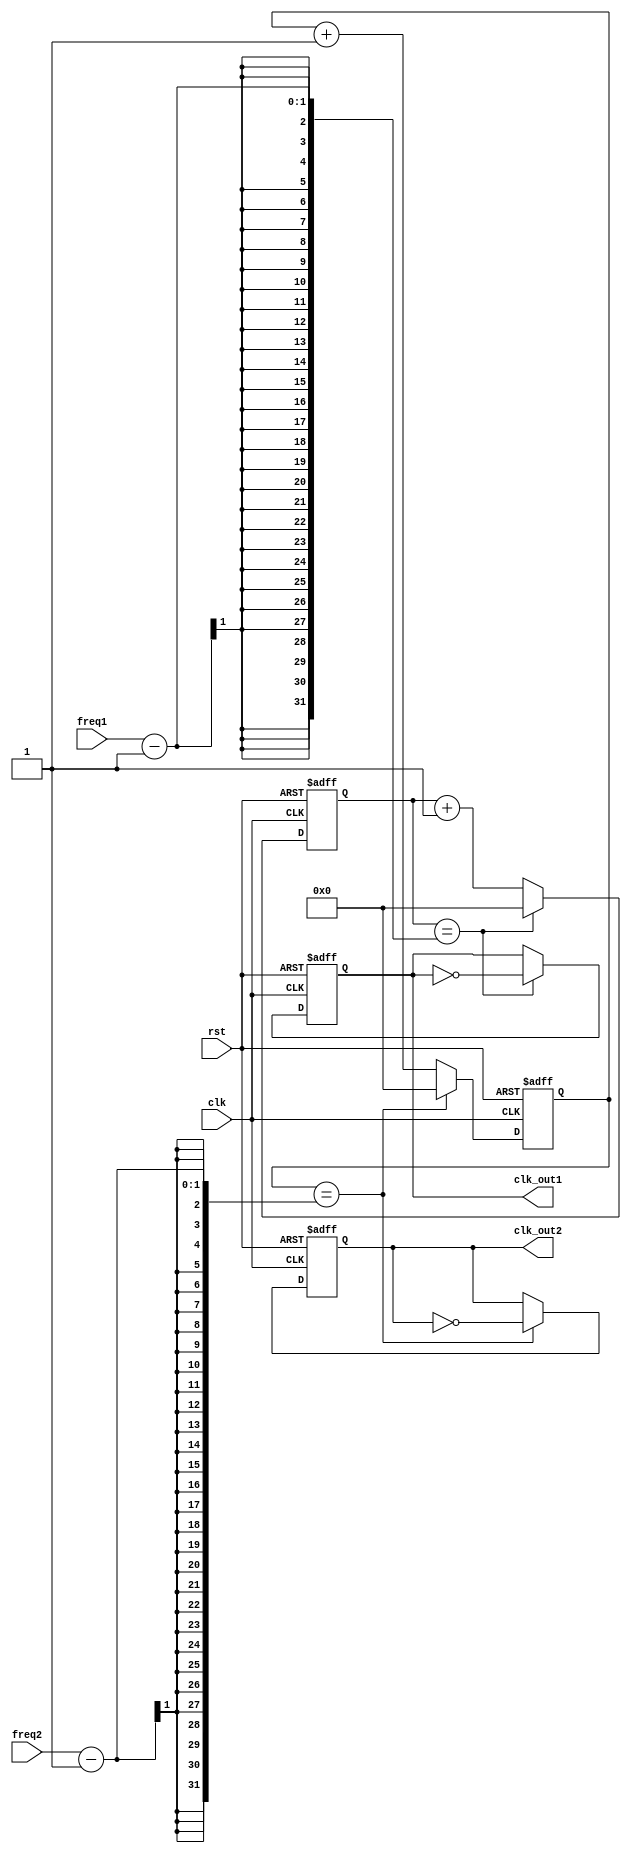
module multirate_timer (
    input wire clk,
    input wire rst,
    output reg clk_out1,
    output reg clk_out2,
    input wire freq1,
    input wire freq2
);

reg [31:0] count1;
reg [31:0] count2;

always @(posedge clk or posedge rst) begin
    if (rst) begin
        count1 <= 0;
        count2 <= 0;
        clk_out1 <= 1'b0;
        clk_out2 <= 1'b0;
    end else begin
        count1 <= count1 + 1;
        count2 <= count2 + 1;
        if (count1 == freq1-1) begin
            clk_out1 <= ~clk_out1;
            count1 <= 0;
        end
        if (count2 == freq2-1) begin
            clk_out2 <= ~clk_out2;
            count2 <= 0;
        end
    end
end

endmodule